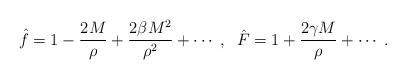
LaTeX: \begin{align*}\hat{f} = 1 - \frac{2 M}{\rho} + \frac{2 \beta M^2}{\rho^2} + \cdots \; , \; \; \hat{F} = 1 + \frac{2 \gamma M}{\rho} + \cdots \; .\end{align*}